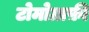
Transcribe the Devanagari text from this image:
टोमोग्राफ़ी